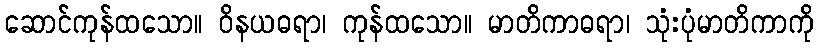
ဆောင်ကုန်ထသော။ ဝိနယဓရာ၊ ကုန်ထသော။ မာတိကာဓရာ၊ သုံးပုံမာတိကာကို